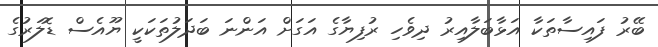
ބޭރު ފައިސާތަކާ އަޅާބަލާއިރު ދިވެހި ރުފިޔާގެ އަގަށް އަންނަ ބަދަލުތަކަކީ ޔޫއެސް ޑޮލަރުގެ